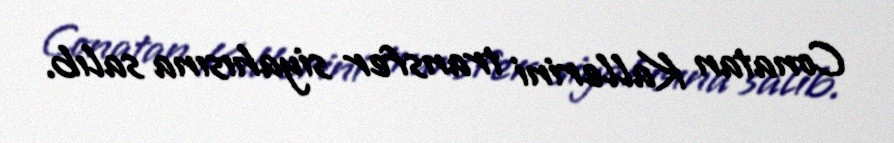
Conatan Kallerini transfer siyahısına salıb.